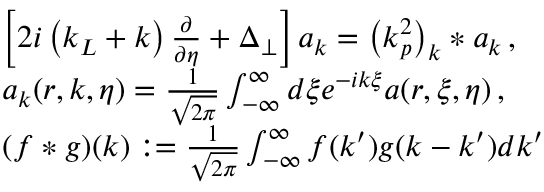
\begin{array} { r l } & { \left[ 2 i \left( k _ { L } + k \right) \frac { \partial } { \partial \eta } + \Delta _ { \perp } \right] a _ { k } = \left( k _ { p } ^ { 2 } \right) _ { k } \ast a _ { k } \, , } \\ & { a _ { k } ( r , k , \eta ) = \frac { 1 } { \sqrt { 2 \pi } } \int _ { - \infty } ^ { \infty } d \xi e ^ { - i k \xi } a ( r , \xi , \eta ) \, , } \\ & { ( f \ast g ) ( k ) : = \frac { 1 } { \sqrt { 2 \pi } } \int _ { - \infty } ^ { \infty } f ( k ^ { \prime } ) g ( k - k ^ { \prime } ) d k ^ { \prime } } \end{array}